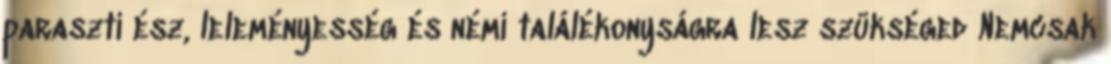
paraszti ész, leleményesség és némi találékonyságra lesz szükséged Nemcsak